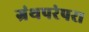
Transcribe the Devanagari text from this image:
ग्रंथपरंपरा